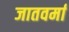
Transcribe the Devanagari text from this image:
जातवर्मा